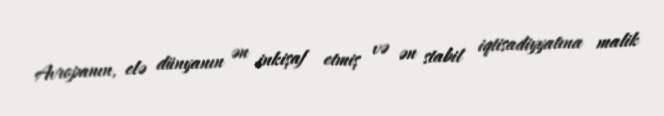
Avropanın, elə dünyanın ən inkişaf etmiş və ən stabil iqtisadiyyatına malik